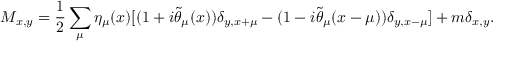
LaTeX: M _ { x , y } = \frac { 1 } { 2 } \sum _ { \mu } \eta _ { \mu } ( x ) [ ( 1 + i \tilde { \theta } _ { \mu } ( x ) ) \delta _ { y , x + \mu } - ( 1 - i \tilde { \theta } _ { \mu } ( x - \mu ) ) \delta _ { y , x - \mu } ] + m \delta _ { x , y } .